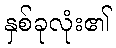
နှစ်ခုလုံး၏